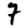
Digit: 7